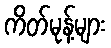
ကိတ်မုန့်များ